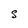
Character: S